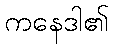
ကနေဒါ၏